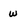
Character: w